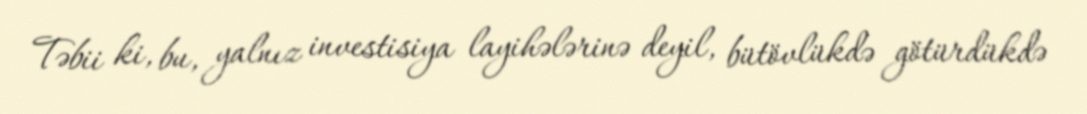
Təbii ki, bu, yalnız investisiya layihələrinə deyil, bütövlükdə götürdükdə